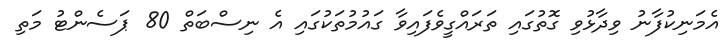
އެމަނިކުފާނު ވިދާޅުވި ގޮތުގައި ތަރައްގީވެފައިވާ ގައުމުތަކުގައި އެ ނިސްބަތް 80 ޕަސެންޓު މަތި